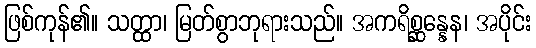
ဖြစ်ကုန်၏။ သတ္ထာ၊ မြတ်စွာဘုရားသည်။ အကရိစ္ဆန္နေန၊ အပိုင်း